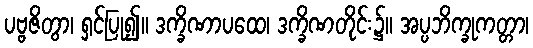
ပဗ္ဗဇိတွာ၊ ရှင်ပြု၍။ ဒက္ခိဏာပထေ၊ ဒက္ခိဏတိုင်း၌။ အပ္ပဘိက္ခုကတ္တာ၊